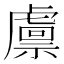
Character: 𧇴